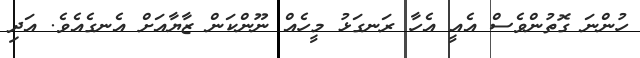
ހުންނަ ގޮތުންވެސް އެއީ އެހާ ރަނގަޅު މީހެއް ނޫންކަން ޒާޔާއަށް އެނގެއެވެ. އަދި